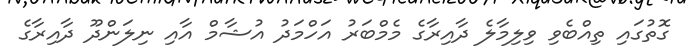
ގޮތުގައި ތިއްބެވި ވިލިމާލެ ދާއިރާގެ މެމްބަރު އަހްމަދު އުޝާމް އާއި ނިލަންދޫ ދާއިރާގެ